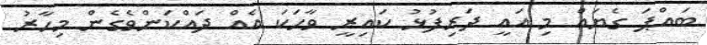
ބައްޕަ ގެޔައް މި އައީ ދަރިފުޅު ކައިރީ ވާހަކަ އެއް ދައްކަންވެގެން މިހާރު